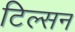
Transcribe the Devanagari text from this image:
टिल्सन